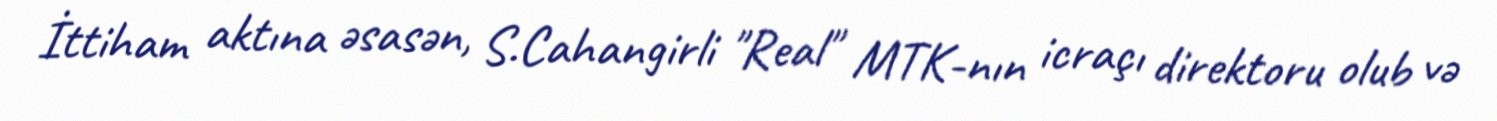
İttiham aktına əsasən, S.Cahangirli "Real" MTK-nın icraçı direktoru olub və